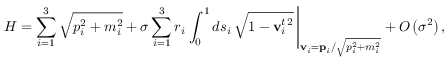
H = \sum _ { i = 1 } ^ { 3 } \sqrt { p _ { i } ^ { 2 } + m _ { i } ^ { 2 } } + \sigma \sum _ { i = 1 } ^ { 3 } r _ { i } \left. \int _ { 0 } ^ { 1 } d s _ { i } \, \sqrt { 1 - { \bf v } _ { i } ^ { t \, 2 } } \, \right| _ { { \bf v } _ { i } = { \bf p } _ { i } / \sqrt { p _ { i } ^ { 2 } + m _ { i } ^ { 2 } } } + O \left( \sigma ^ { 2 } \right) ,